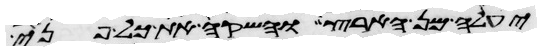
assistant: יעלה מן הארץ והשקה את כל פני